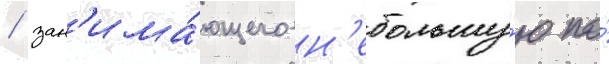
/ зан'има́ющего н'ебольшу́ю по́